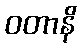
ဝတာနိ